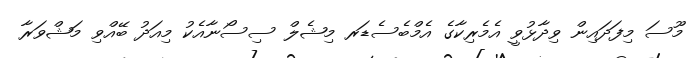
މޫސަ މިފަދައިން ވިދާޅުވީ އެމެރިކާގެ އެމްބެސެޑަރ މިޝެލް ސިސޯނާއެކު މިއަދު ބޭއްވި މަޝްވަރާ